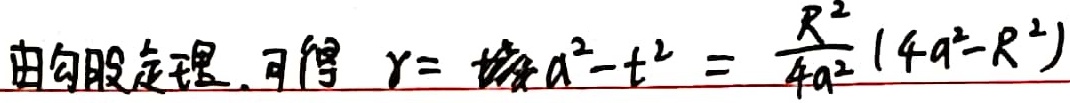
由勾股定理，可得\(r = \sqrt{a^{2} - t^{2}}=\frac{R^{2}}{4a^{2}}(4a^{2} - R^{2})\)